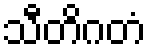
သီတိဂတံ